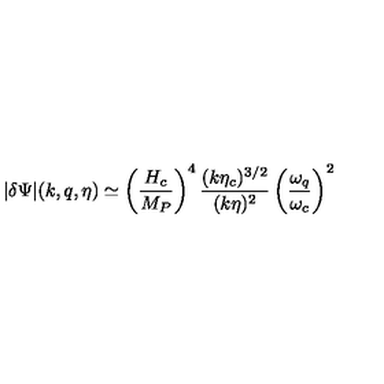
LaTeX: | \delta \Psi | ( k , q , \eta ) \simeq \left( \frac { H _ { c } } { M _ { P } } \right) ^ { 4 } \frac { ( k \eta _ { c } ) ^ { 3 / 2 } } { ( k \eta ) ^ { 2 } } \left( \frac { \omega _ { q } } { \omega _ { c } } \right) ^ { 2 }